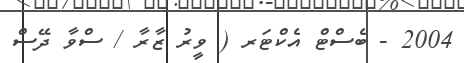
2004 - ބެސްޓް އެކްޓަރ ( ވީރު ޒާރާ / ސްވާ ދޭސް